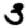
Digit: 3